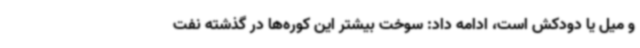
و میل یا دودکش است، ادامه داد: سوخت بیشتر این کوره‌ها در گذشته نفت